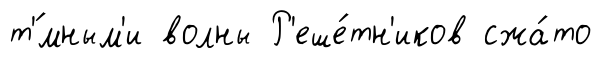
т'́мным'и волны Р'еше́тн'иков сжа́то